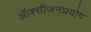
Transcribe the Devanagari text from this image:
ऑक्सीजनप्रयोग